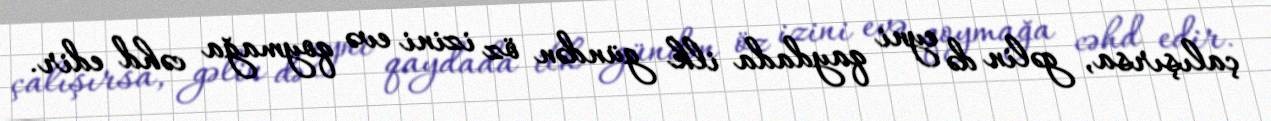
çalışırsa, gəlin də eyni qaydada ilk gündən öz izini evə qoymağa cəhd edir.